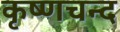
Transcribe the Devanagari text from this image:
कृष्णचन्द